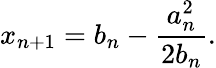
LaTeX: x_{n+1}=b_{n}-{\frac{a_{n}^{2}}{2b_{n}}}.